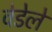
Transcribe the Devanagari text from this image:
वेडेले